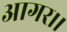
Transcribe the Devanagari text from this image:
आगर।।